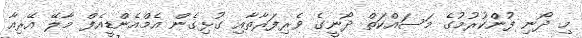
މި ދޯނި ފުންކުރުމުގެ މަސައްކަތް ދޯނީގެ ވެރިފަރާތާއި ގުޅިގެން އެމްއެންޑީއެފް މާލޭ އޭރިއާ